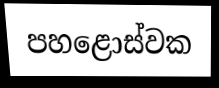
පහළොස්වක